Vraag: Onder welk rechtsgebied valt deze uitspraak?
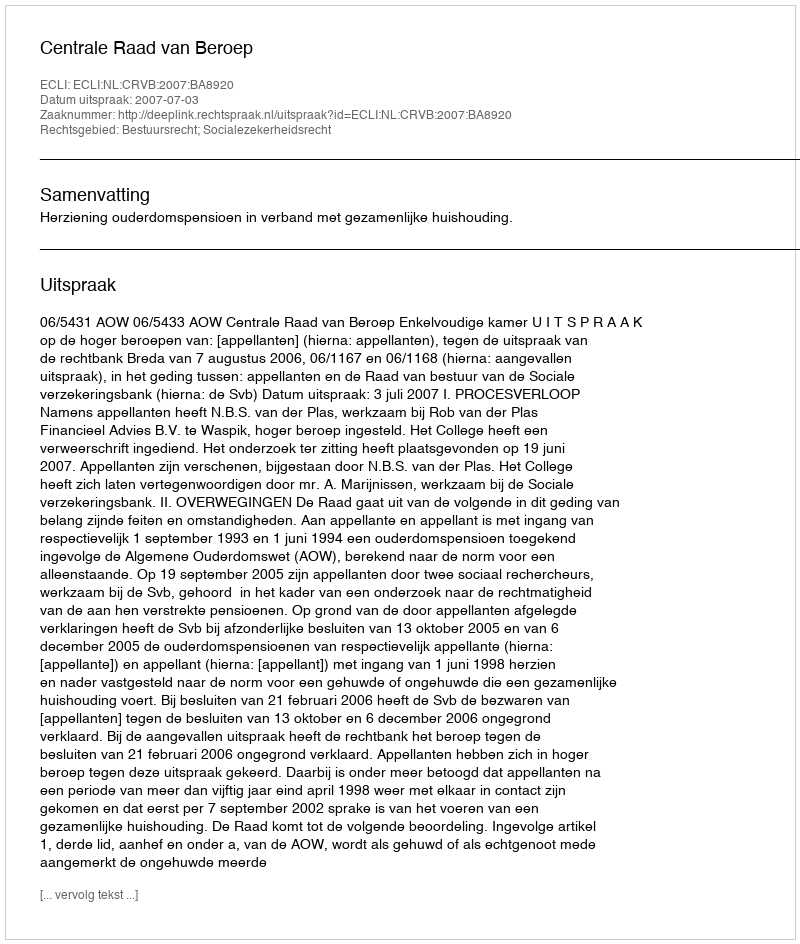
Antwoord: Bestuursrecht; Socialezekerheidsrecht